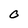
Character: O